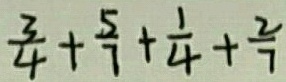
\frac { 3 } { 4 } + \frac { 5 } { 7 } + \frac { 1 } { 4 } + \frac { 2 } { 7 }